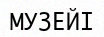
МУЗЕЙІ